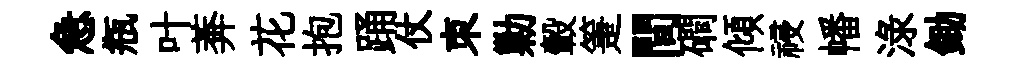
急瓶叶莾花抱踊仗朿勦轂箑間磵傾祲幡渌鋤